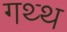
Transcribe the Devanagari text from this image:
गथ्थ